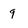
Character: 9